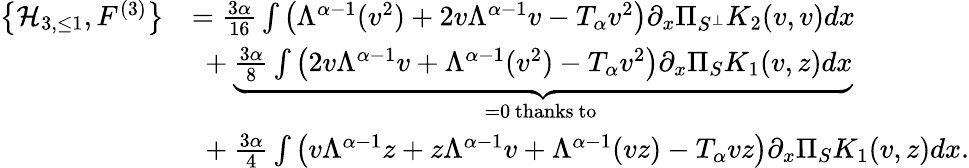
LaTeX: \begin{array}{rl}{\left\{ \mathcal{H}_{3,\le 1},F^{(3)}\right\} }&{=\frac{3\alpha}{16}\int\left(\Lambda^{\alpha-1}(v^{2})+2v\Lambda^{\alpha-1}v-T_{\alpha}v^{2}\right)\partial_{x}\Pi_{S^{\perp}}K_{2}(v,v)dx}\\ &{\ +\underbrace{\frac{3\alpha}{8}\int\left(2v\Lambda^{\alpha-1}v+\Lambda^{\alpha-1}(v^{2})-T_{\alpha}v^{2}\right)\partial_{x}\Pi_{S}K_{1}(v,z)dx}_{=0\mathrm{~thanks~to~}}}\\ &{\ +\frac{3\alpha}{4}\int\left(v\Lambda^{\alpha-1}z+z\Lambda^{\alpha-1}v+\Lambda^{\alpha-1}(vz)-T_{\alpha}vz\right)\partial_{x}\Pi_{S}K_{1}(v,z)dx.}\end{array}